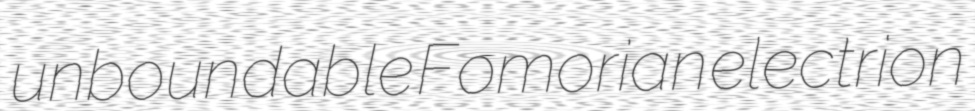
unboundable Fomorian electrion